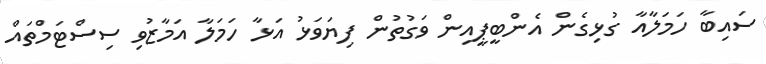
ސައިބާ ހަމަލާއާ ގުޅިގެން އެންބީޕީއިން ވަގުތުން ފިޔަވަޅު އަޅާ ހަމަލާ އަމާޒުވި ސިސްޓަމްތައް